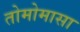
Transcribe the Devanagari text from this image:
तोमोमासा